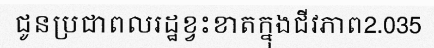
ជូនប្រជាពលរដ្ឋខ្វះខាតក្នុងជីវភាព2.035